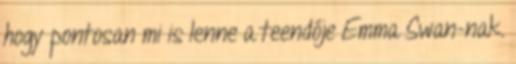
hogy pontosan mi is lenne a teendője Emma Swan-nak.